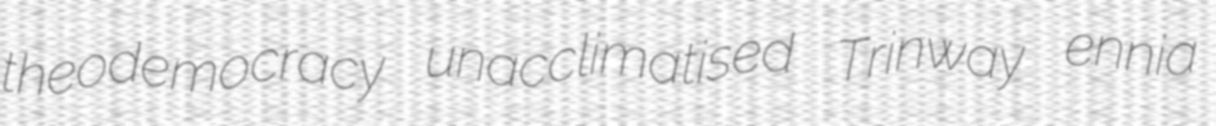
theodemocracy unacclimatised Trinway ennia